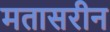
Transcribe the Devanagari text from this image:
मतासरीन